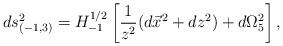
LaTeX: \begin{align*}ds_{(-1,3)}^2= H_{-1}^{1/2}\left[{1\over z^2}( d\vec x^2+ dz^2)+ d\Omega_5^2 \right],\end{align*}